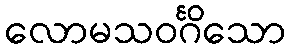
လောမသဝင်္ဂိသော